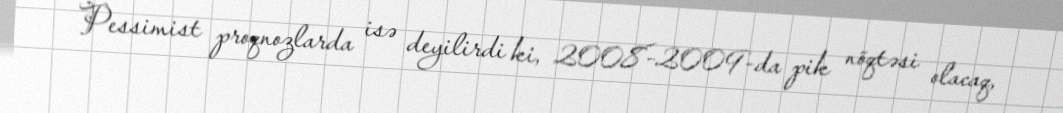
Pessimist proqnozlarda isə deyilirdi ki, 2008-2009-da pik nöqtəsi olacaq,